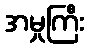
အမှုကြီး